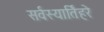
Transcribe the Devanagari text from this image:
सर्वस्यार्तिहरे